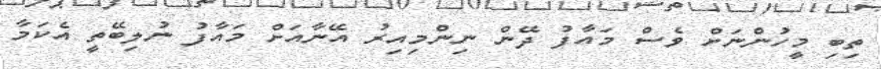
ތިބި މީހުންނަށް ވެސް މައާފު ދޭން ނިންމިއިރު އޭނާއަށް މައާފު ނުލިބޭތީ އެކަމާ